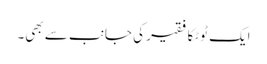
ایک ٹوٹکا فقیر کی جانب سے بھی۔